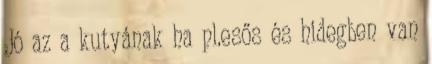
Jó az a kutyának ha pl.esős és hidegben van